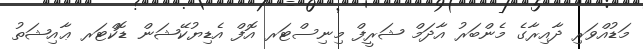
މަޑުއްވަރި ދާއިރާގެ މެންބަރު އާދަމް ޝަރީފް މިނިސްޓަރ އޮފް އެޑިޔުކޭޝަން ޑޮކްޓަރ ޢާއިޝަތު